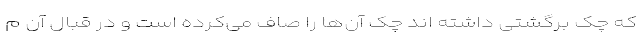
که چک برگشتی داشته اند چک آن‌ها را صاف می‌کرده است و در قبال آن م